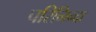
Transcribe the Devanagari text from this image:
परिनिन्दा